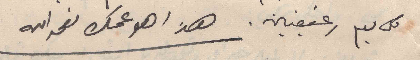
كل يوم رغيفين. هذا هو عمك نعمه الله